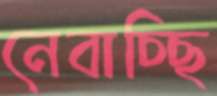
নেবাচ্ছি